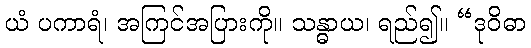
ယံ ပကာရံ၊ အကြင်အပြားကို။ သန္ဓာယ၊ ရည်၍။ “ဒုဝိဓာ